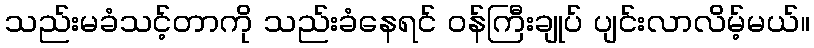
သည်းမခံသင့်တာကို သည်းခံနေရင် ဝန်ကြီးချုပ် ပျင်းလာလိမ့်မယ်။